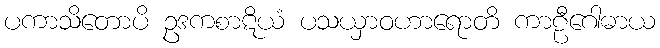
ပကာသိတောပိ ဥဒကစာဋိယံ ပသယှာဝဟာရောတိ ကာဠီဂေါဓာယ